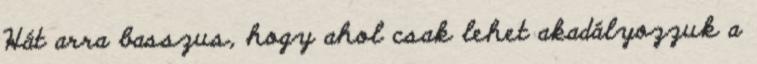
Hát arra basszus, hogy ahol csak lehet akadályozzuk a